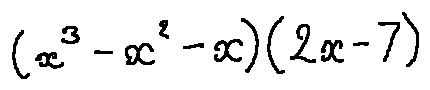
( x ^ { 3 } - x ^ { 2 } - x ) ( 2 x - 7 )